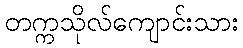
တက္ကသိုလ်ကျောင်းသား